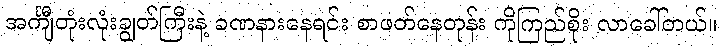
အင်္ကျီတုံးလုံးချွတ်ကြီးနဲ့ ခဏနားနေရင်း စာဖတ်နေတုန်း ကိုကြည်စိုး လာခေါ်တယ်။